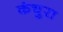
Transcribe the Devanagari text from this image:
कंचुरा